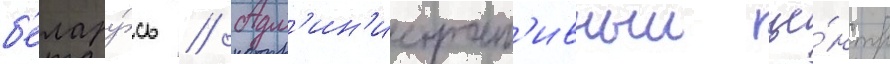
б'елару́сь // Адм'ин'истрат'ивныи це́нтр